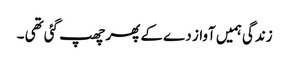
زندگی ہمیں آواز دے کے پھر چھپ گئی تھی ۔